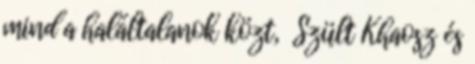
mind a haláltalanok közt, Szült Khaosz és